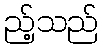
ည့်သည်